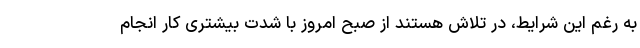
به رغم این شرایط، در تلاش هستند از صبح امروز با شدت بیشتری کار انجام